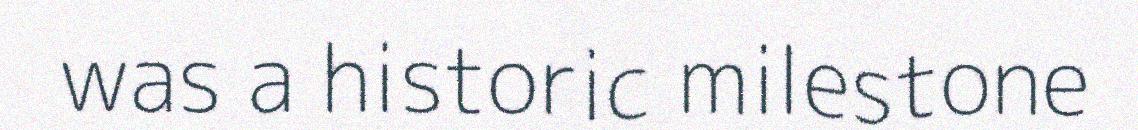
was a historic milestone